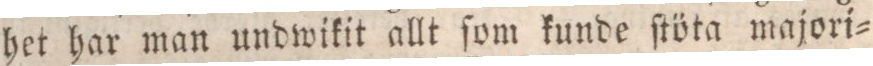
het har man undwikit allt ſom kunde ſtöta majori=